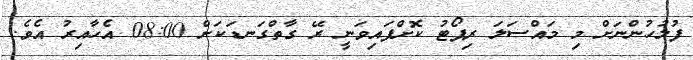
ފުލުހުންނަށް މި މައްސަލަ ރިޕޯޓު ކޮށްފައިވަނީ ރޭ ގާތްގަނޑަކަށް 08:00 އެހާއިރު އެވެ.